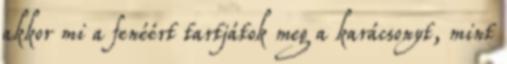
akkor mi a fenéért tartjátok meg a karácsonyt, mint